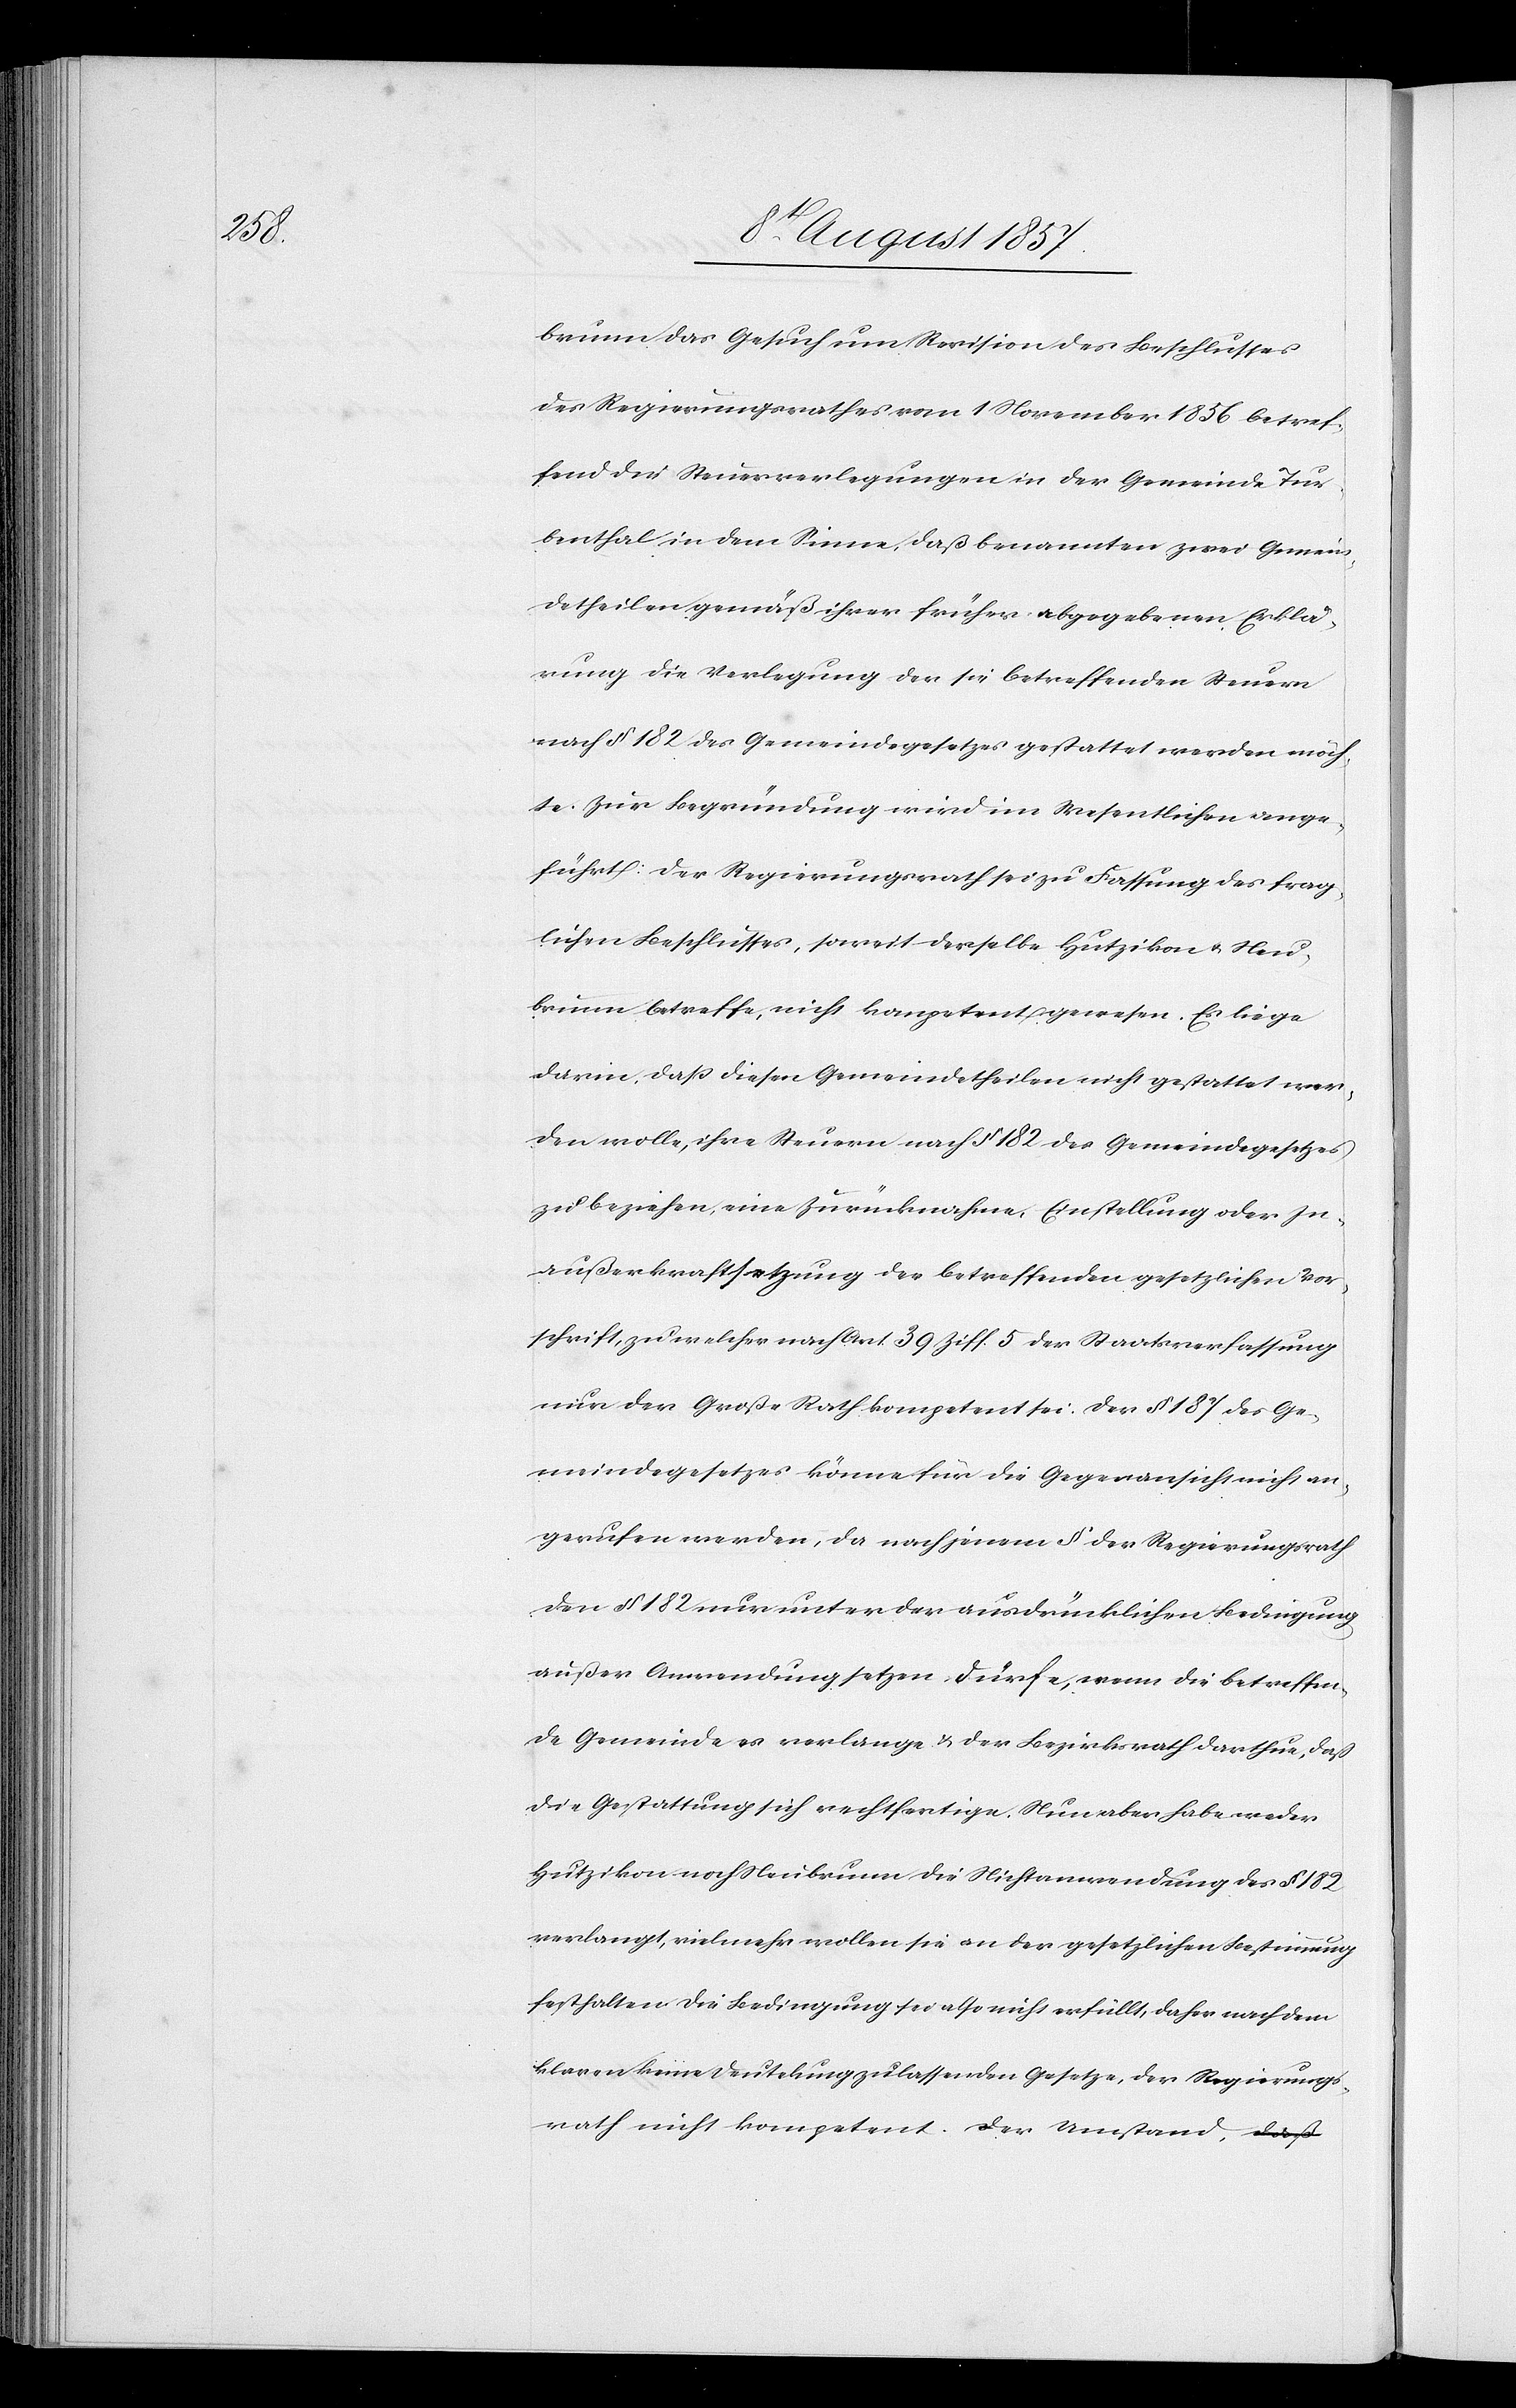
brunn das Gesuch um Revision des Beschlusses
des Regierungsrathes vom 1 November 1856 betref¬
fend die Steuerverlegungen in der Gemeinde Tur¬
benthal in dem Sinne, daß benannten zwei Gemein¬
detheilen gemäß ihrer früher abgegebenen Erklä¬
rung die Verlegung der sie betreffenden Steuern
nach § 182 des Gemeindegesetzes gestattet werden möch¬
te. Zur Begründung wird im Wesentlichen ange¬
führt: Der Regierungsrath sei zur Fassung des frag¬
lichen Beschlusses, soweit derselbe Hutzikon & Neu¬
brunn betreffe, nicht kompetent gewesen. Es liege
darin, daß diesen Gemeindetheilen nicht gestattet wer¬
den wolle, ihre Steuern nach § 182 des Gemeindegesetzes
zu beziehen, eine Zurücknahme, Einstellung oder In¬
außerkraftsetzung der betreffenden gesetzlichen Vor¬
schrift, zu welcher nach Art 39 Ziff 5 der Staatsverfassung
nur der Große Rath kompetent sei: Der § 187 des Ge¬
meindegesetzes könne für die Gegenansicht nicht an¬
gerufen werden, da nach jenem § der Regierungsrath
den § 182 nur unter der ausdrücklichen Bedingung
außer Anwendung setzen dürfe, wenn die betreffen¬
de Gemeinde es verlange & der Bezirksrath darthue, daß
die Gestattung sich rechtfertige. Nun aber habe weder
Hutzikon noch Neubrunn die Nichtanwendung des § 182
verlangt, vielmehr wollen sie an der gesetzlichen Bestimmung
festhalten die Bedingung sei also nicht erfüllt, daher nach dem
klaren keine Deutelung zulassenden Gesetze, der Regierungs¬
rath nicht kompetent. Der Umstand,